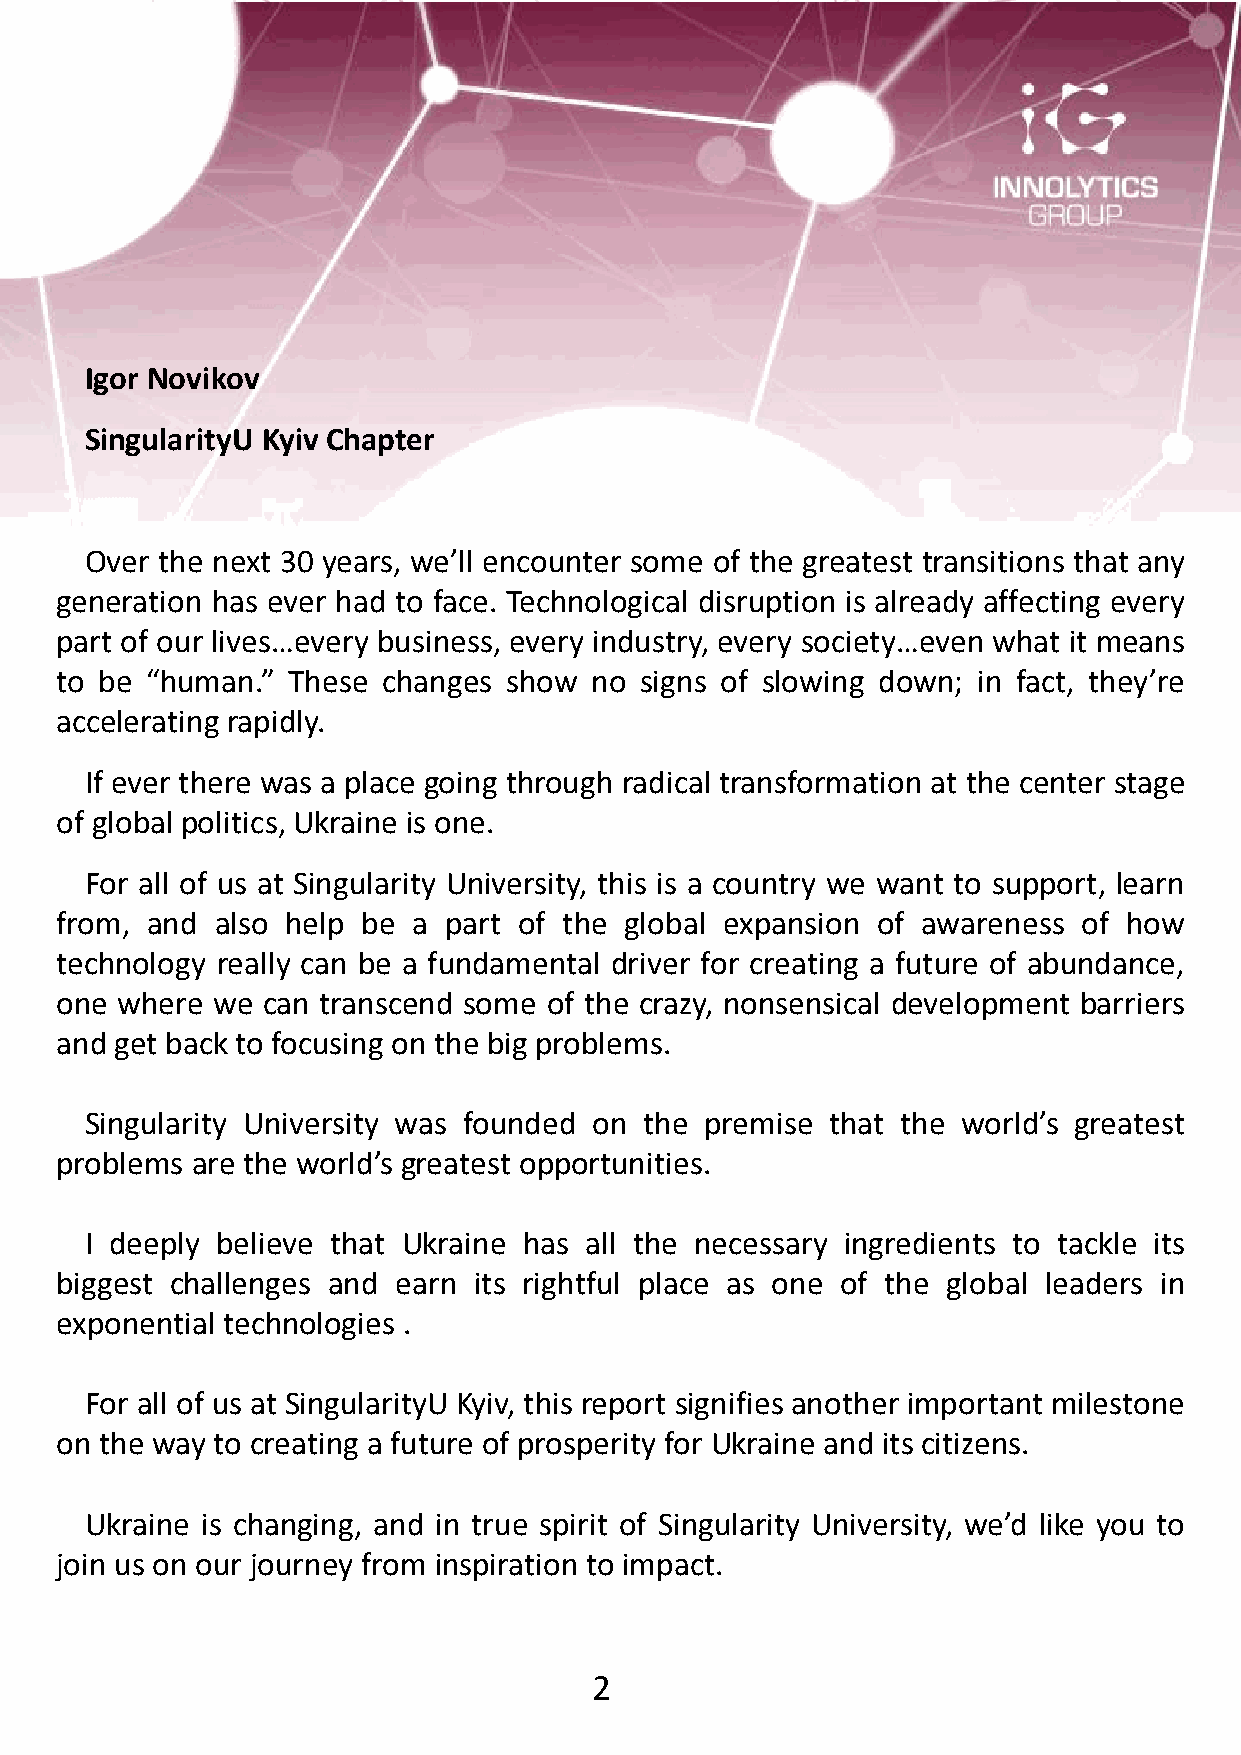
Igor Novikov
 SingularityU Kyiv Chapter
 Over the next 30 years, we’ll encounter some of the greatest transitions that any
 generation has ever had to face. Technological disruption is already affecting every
 part of our lives…every business, every industry, every society…even what it means
 to be “human.” These changes show  no signs of slowing down; in fact, they’re
 accelerating rapidly.
 If ever there was a place going through radical transformation at the center stage
 of global politics, Ukraine is one.
 For all of us at Singularity University, this is a country we want to support, learn
 from, and also help be a part of the global expansion of awareness  of how
 technology really can be a fundamental driver for creating a future of abundance,
 one where we can transcend some of the crazy, nonsensical development barriers
 and get back to focusing on the big problems.
 Singularity University was founded on the premise that the world’s greatest
 problems are the world’s greatest opportunities.
 I deeply believe that Ukraine has all the necessary ingredients to tackle its
 biggest challenges and earn its rightful place as one of the global leaders in
 exponential technologies .
 For all of us at SingularityU Kyiv, this report signifies another important milestone
 on the way to creating a future of prosperity for Ukraine and its citizens.
 Ukraine is changing, and in true spirit of Singularity University, we’d like you to
 join us on our journey from inspiration to impact.
 2